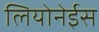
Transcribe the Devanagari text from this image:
लियोनेईस